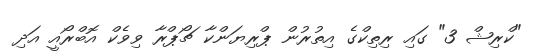
"ކްރިޝް 3" ގައި ރިތިކްގެ އިތުރުން ޕްރިޔަންކާ ޗޯޕްރާ ވިވެކް އޮބްރޯއީ އަދި